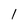
Character: l